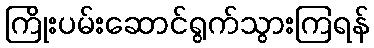
ကြိုးပမ်းဆောင်ရွက်သွားကြရန်